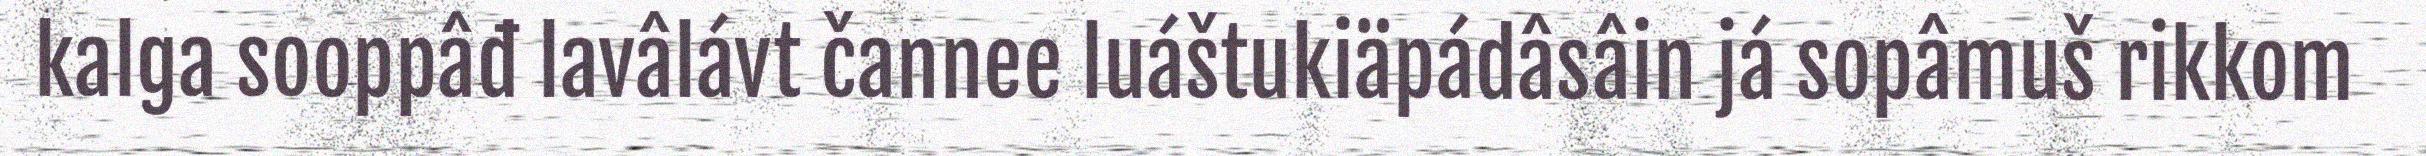
kalga sooppâđ lavâlávt čannee luáštukiäpádâsâin já sopâmuš rikkom